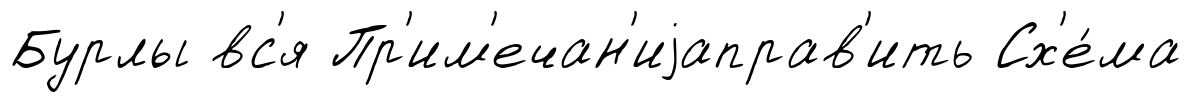
Бурлы вс'я Пр'им'ечан'иjаправ'ить Сх'е́ма